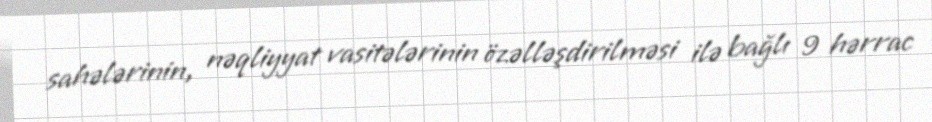
sahələrinin, nəqliyyat vasitələrinin özəlləşdirilməsi ilə bağlı 9 hərrac